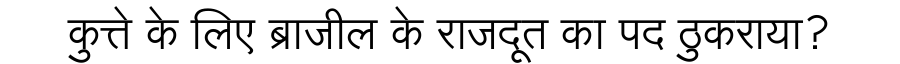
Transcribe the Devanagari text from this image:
कुत्ते के लिए ब्राजील के राजदूत का पद ठुकराया?